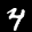
Label: 4